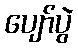
ပျော်ပွဲ